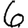
Digit: 6